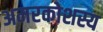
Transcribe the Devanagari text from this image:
अमरकोशस्य